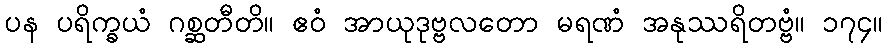
ပန ပရိက္ခယံ ဂစ္ဆတီတိ။ ဧဝံ အာယုဒုဗ္ဗလတော မရဏံ အနုဿရိတဗ္ဗံ။ ၁၇၄။